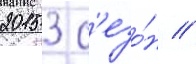
2015 3 с'езо́н //